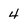
Character: 4